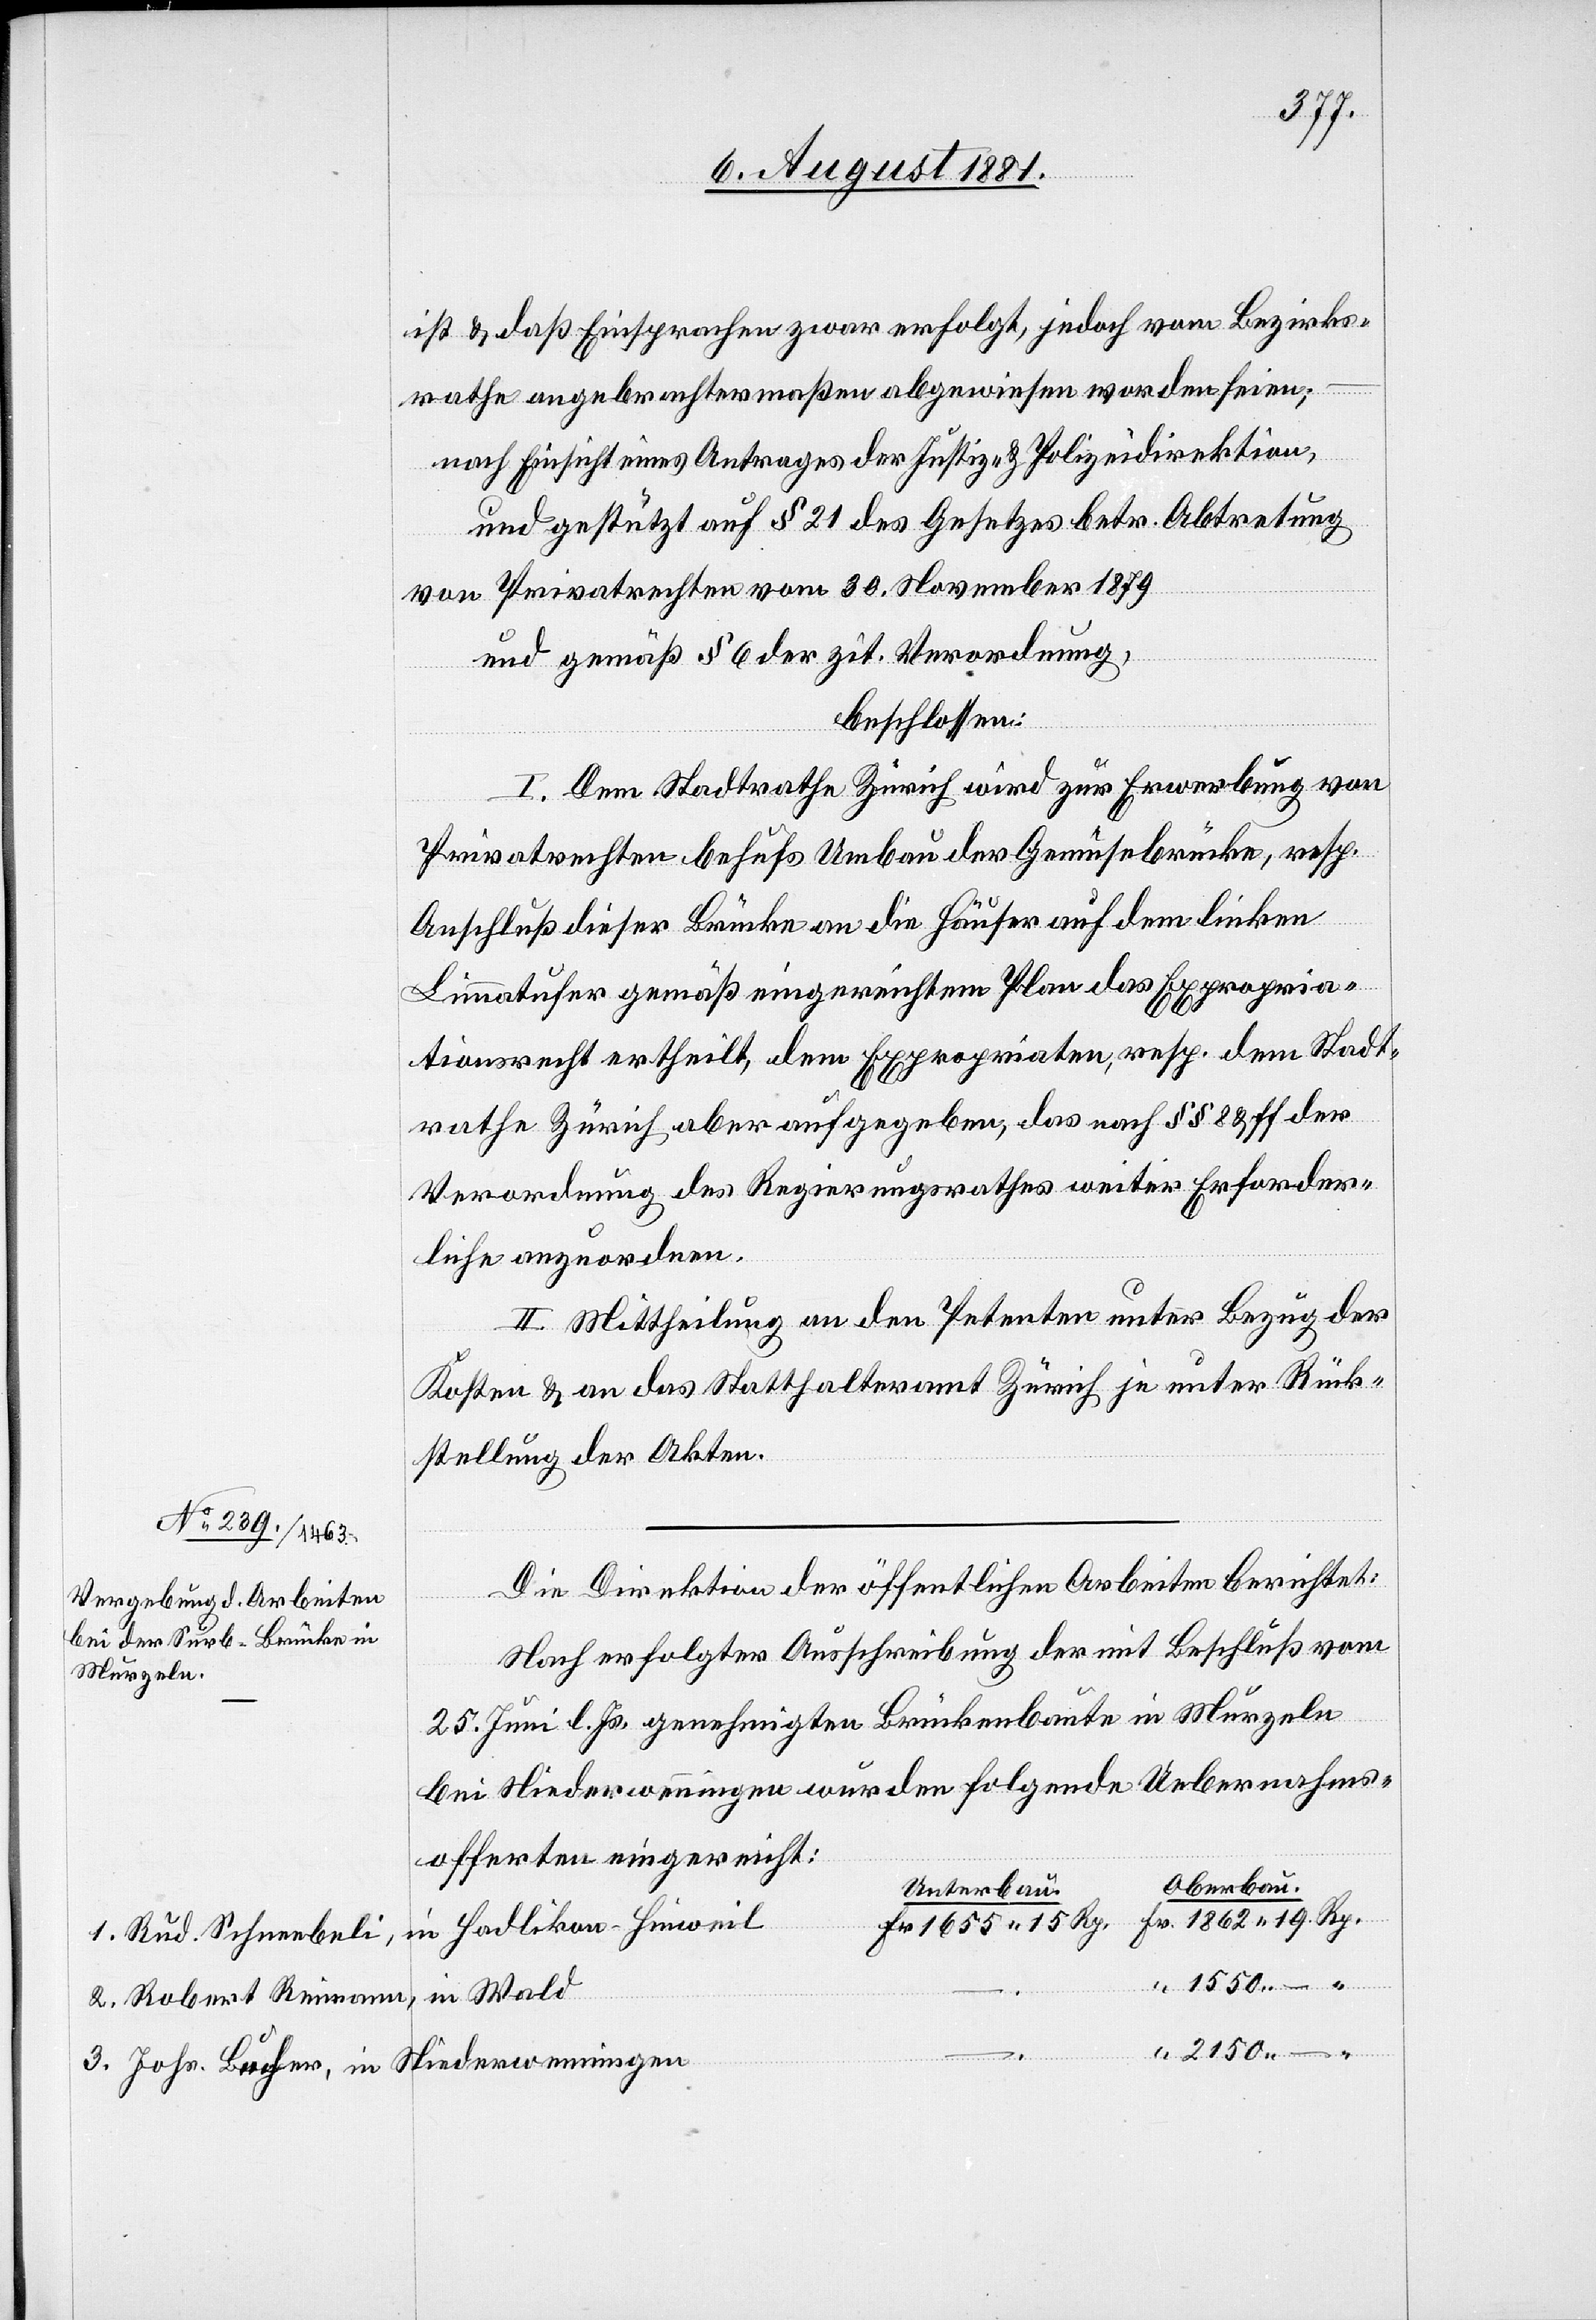
3.
ist & daß Einsprachen zwar erfolgt, jedoch vom Bezirks¬
2.
rathe angebrachtermaßen abgewiesen worden seien;
nach Einsicht eines Antrages der Justiz- & Polizeidirektion,
und gestützt auf § 21 des Gesetzes betr. Abtretung
von Privatrechten vom 30. November 1879
und gemäß § 6 der zit. Verordnung,
beschlossen:
I. Dem Stadtrathe Zürich wird zur Erwerbung von
Privatrechten behufs Umbau der Gemüsebrücke, resp.
Anschluß dieser Brücke an die Häuser auf dem linken
Limmatufer gemäß eingereichtem Plan das Expropria¬
tionsrecht ertheilt, dem Exproprianten, resp. dem Stadt¬
rathe Zürich aber aufgegeben, das nach §§ 8 & ff der
Verordnung des Regierungsrathes weiter Erforder¬
liche anzuordnen.
II. Mittheilung an den Petenten unter Bezug der
Kosten & an das Statthalteramt Zürich je unter Rück¬
stellung der Akten.
Die Direktion der öffentlichen Arbeiten berichtet:
nach erfolgter Ausschreibung der mit Beschluß vom
25. Juni l. Js. genehmigten Brückenbaute in Murzeln
bei Niederwenningen wurden folgende Uebernahms¬
offerten eingereicht:
Oberbau.
Unterbau.
1655 15 Rp.
in Hadlikon - Hinweil
Rud. Schneebeli,
1550 –
in Wald
Robert Reimann,
2150 –
Johs. Bucher, in Niederwenningen